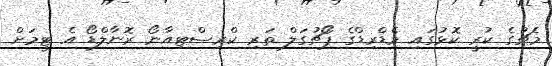
މެޗުގެ ކުރީ ކޮޅުގައި މެޑްރިޑްގެ ޕޯޗުގަލް ތަރި ކްރިސްޓިއާނޯ ރޮނާލްޑޯ އެ ޓީމަށް